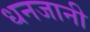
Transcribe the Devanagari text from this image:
धनजानी